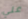
علي